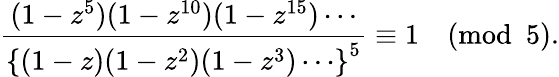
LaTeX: {\frac{(1-z^{5})(1-z^{10})(1-z^{15})\cdots}{\left\{ (1-z)(1-z^{2})(1-z^{3})\cdots\right\} ^{5}}}\equiv 1{\pmod{5}}.